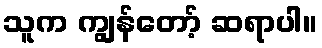
သူက ကျွန်တော့် ဆရာပါ။